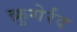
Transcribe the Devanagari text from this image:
क्रुगेर्रंद